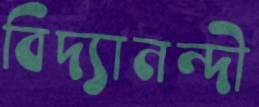
বিদ্যানন্দী